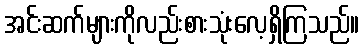
အင်းဆက်များကိုလည်းစားသုံးလေ့ရှိကြသည်။